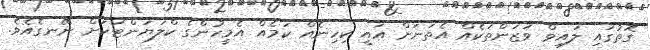
ގޮތުގައި ލައިވް ވަޒަންތަކެއް އެތަނަށް އައީ ކިހިނެއް ކަމެއް އެމީހުންގެ ކްލަޔަންޓަކަށް ނޭނގެއެވެ.